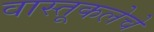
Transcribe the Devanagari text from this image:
वास्तूकलेचे